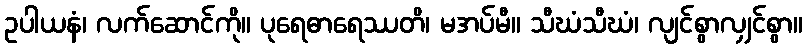
ဥပါယနံ၊ လက်ဆောင်ကို။ ပုရေဓာရေဿတိ၊ မအပ်မီ။ သီဃံသီဃံ၊ လျင်စွာလျှင်စွာ။